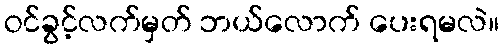
ဝင်ခွင့်လက်မှတ် ဘယ်လောက် ပေးရမလဲ။